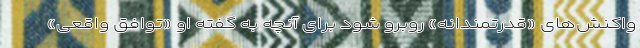
واکنش‌های «قدرتمندانه» روبرو شود برای آنچه به گفته او «توافق واقعی»